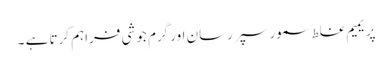
پریمیم غلط سمور سپر رسان اور گرم جوشی فراہم کرتا ہے ۔